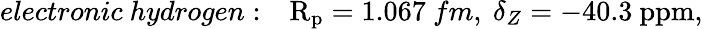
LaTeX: electronic~hydrogen:~~~\mathrm{R_{p}}=1.067~fm,~\delta_{Z}=-40.3~\mathrm{ppm},